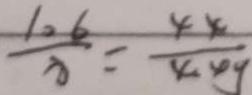
\frac { 1 0 6 } { x } = \frac { 4 4 } { 4 4 y }